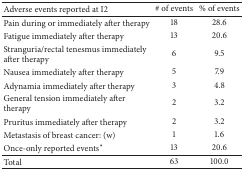
| Adverse events reported at I2 | # of events | % of events |
 | --- | --- | --- |
 | Pain during or immediately after therapy | 18 | 28.6 |
 | Fatigue immediately after therapy | 13 | 20.6 |
 | Stranguria/rectal tenesmus immediately after therapy | 6 | 9.5 |
 | Nausea immediately after therapy | 5 | 7.9 |
 | Adynamia immediately after therapy | 3 | 4.8 |
 | General tension immediately after therapy | 2 | 3.2 |
 | Pruritus immediately after therapy | 2 | 3.2 |
 | Metastasis of breast cancer: (w) | 1 | 1.6 |
 | Once-only reported events* | 13 | 20.6 |
 | Total | 63 | 100.0 |